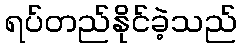
ရပ်တည်နိုင်ခဲ့သည်